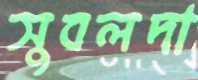
সুবলদা